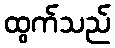
ထွက်သည်